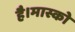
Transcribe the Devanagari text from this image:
है।मास्को